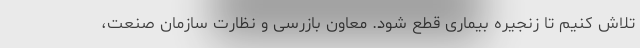
تلاش کنیم تا زنجیره بیماری قطع شود. معاون بازرسی و نظارت سازمان صنعت،